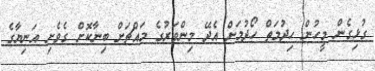
ގުޅިގެން މީހުން ހިދުމަތް ހޯދުމަށް އެދޭ މިންވަރުގެ މައްޗަށް ބިނާކޮށް ގެވެށި އަނިޔާގެ